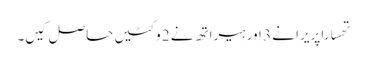
تھسارا پریرا نے 3 اور ہیراتھ نے 2 وکٹیں حاصل کیں۔